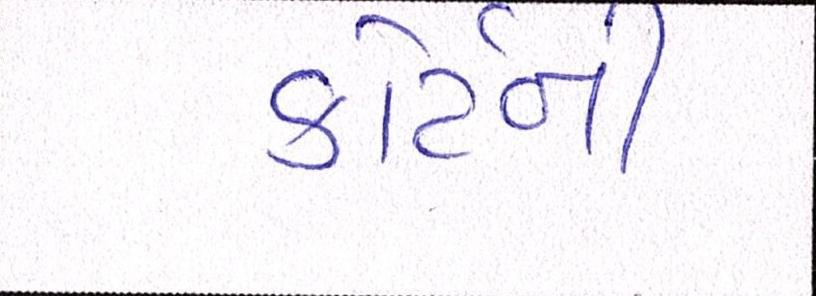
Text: કોર્ટની